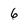
Character: 6